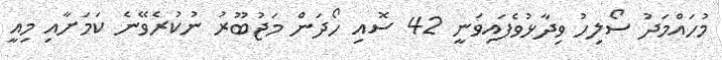
މުހައްމަދު ސޯލިހު ވިދާޅުވެފައިވަނީ 42 ސޮއި ހޯދަން މަޖުބޫރު ނުކުރެވޭނެ ކަމަށާއި މިއީ